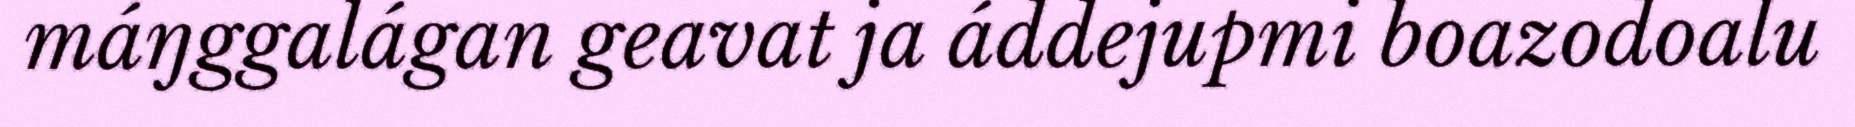
máŋggalágan geavat ja áddejupmi boazodoalu